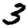
Digit: 3